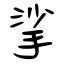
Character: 挲